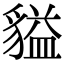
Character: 貖